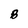
Character: B